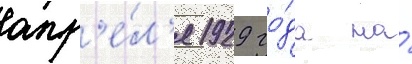
апр'е́л'я 1929 го́да на́